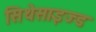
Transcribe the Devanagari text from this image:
सिथेसाइज्ड